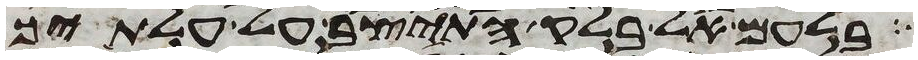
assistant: בלעם אל בלק התיצב על עלתיך